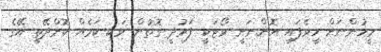
މީހުންނަށް ހީވެފައި އޮންނަނީ ވޯޓަކީ ފަރުދީ ގޮތުން ވަކި ކަމެއް ކޮށްދޭތީ އޭގެ